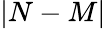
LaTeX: |N-M|